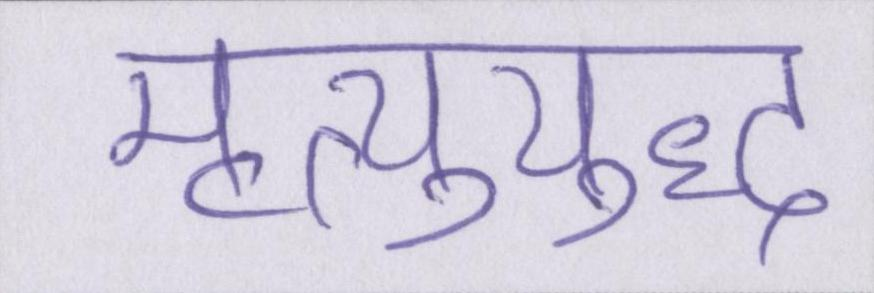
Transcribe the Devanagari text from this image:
मृत्युयुद्ध